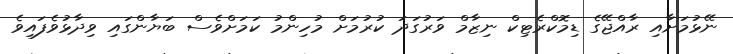
ނޭޅުމަށާއި ރާއްޖޭގެ ޑިމޮކްރެޓިކް ނިޒާމް ވަރުގަދަ ކުރުމަށް މުހިންމު ކަމަށްވެސް ބަޔާންގައި ވިދާޅުވެފައިވެ